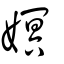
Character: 嫇